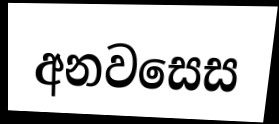
අනවසෙස